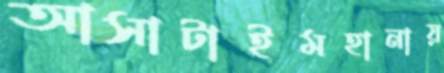
আসাটাইমহানায়